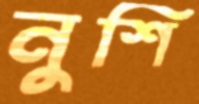
নুশি